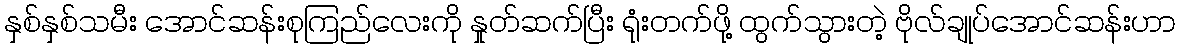
နှစ်နှစ်သမီး အောင်ဆန်းစုကြည်လေးကို နှုတ်ဆက်ပြီး ရုံးတက်ဖို့ ထွက်သွားတဲ့ ဗိုလ်ချုပ်အောင်ဆန်းဟာ